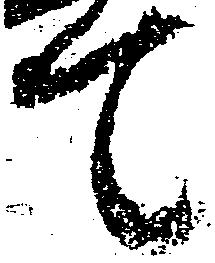
て